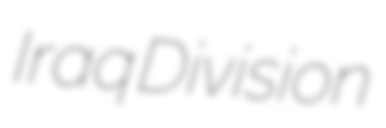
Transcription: Iraq Division